Annual report of the Punjab Veterinary College and of the Civil Veterinary Department, Punjab - 1926-1932
Year: 1926
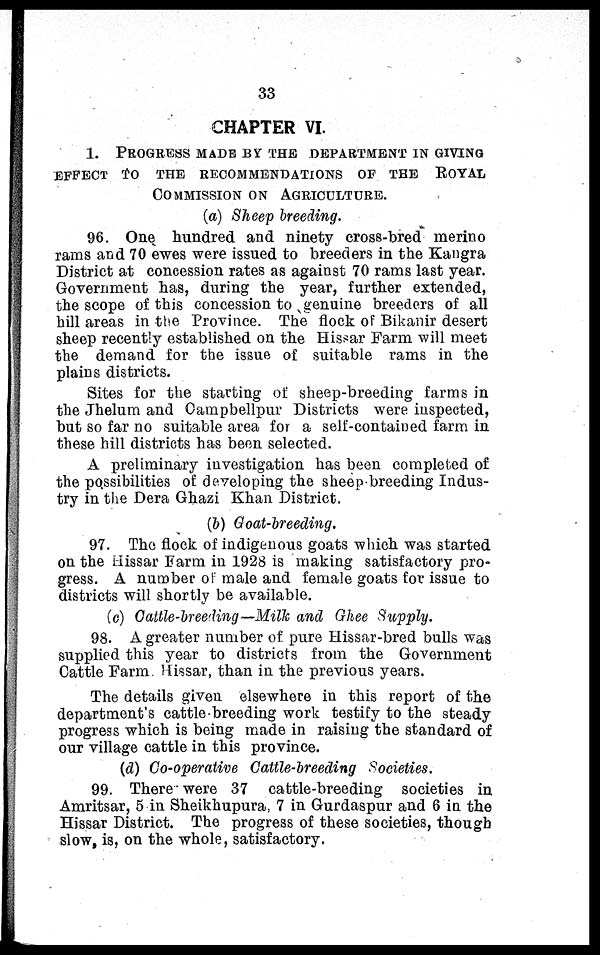
33
CHAPTER VI.
1. PROGRESS MADE BY THE DEPARTMENT IN GIVING
EFFECT TO THE RECOMMENDATIONS OF THE ROYAL
COMMISSION ON AGRICULTURE.
(a) Sheep breeding.
96. One hundred and ninety cross-bred merino
rams and 70 ewes were issued to breeders in the Kangra
District at concession rates as against 70 rams last year.
Government has, during the year, further extended,
the scope of this concession to genuine breeders of all
hill areas in the Province. The flock of Bikanir desert
sheep recently established on the Hissar Farm will meet
the demand for the issue of suitable rams in the
plains districts.
Sites for the starting of sheep-breeding farms in
the Jhelum and Campbellpur Districts were inspected,
but so far no suitable area for a self-contained farm in
these hill districts has been selected.
A preliminary investigation has been completed of
the possibilities of developing the sheep breeding Indus-
try in the Dera Ghazi Khan District.
(b) Goat-breeding.
97. The flock of indigenous goats which was started
on the Hissar Farm in 1928 is making satisfactory pro-
gress. A number of male and female goats for issue to
districts will shortly be available.
(c) Cattle-breeding—Milk and Ghee Supply.
98. A greater number of pure Hissar-bred bulls was
supplied this year to districts from the Government
Cattle Farm Hissar, than in the previous years.
The details given elsewhere in this report of the
department's cattle breeding work testify to the steady
progress which is being made in raising the standard of
our village cattle in this province.
(d) Co-operative Cattle-breeding Societies.
99. There were 37 cattle-breeding societies in
Amritsar, 5 in Sheikhupura, 7 in Gurdaspur and 6 in the
Hissar District. The progress of these societies, though
slow, is, on the whole, satisfactory.